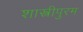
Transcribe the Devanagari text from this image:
शास्त्रीपुरम